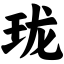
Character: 珑